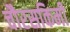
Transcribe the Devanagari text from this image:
चौरसकिमी